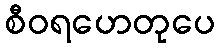
စီဝရဟေတုပေ